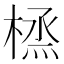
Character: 𪳜